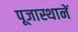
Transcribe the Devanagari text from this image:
पूजास्थानें